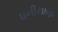
ધનીયાણા